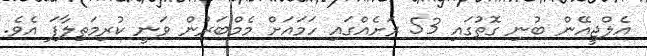
އެލްޖީއޭން ބުނި ގޮތުގައި 53 ރަށެއްގައި ހަމައަށް މެމްބަރުން ވަނީ ކުރިމަތިލާފަ އެވެ.